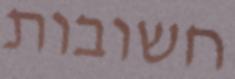
חשובות